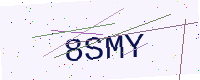
Text: 8SMY